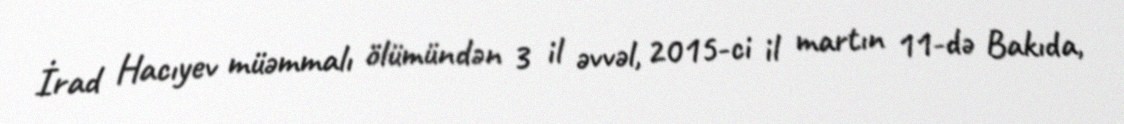
İrad Hacıyev müəmmalı ölümündən 3 il əvvəl, 2015-ci il martın 11-də Bakıda,